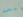
بعد